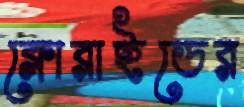
ক্লোরাইডের